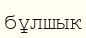
бұлшык